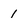
Character: 1